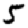
Digit: 5